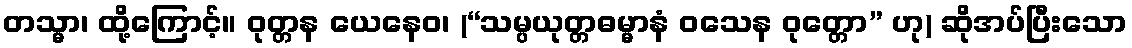
တသ္မာ၊ ထို့ကြောင့်။ ဝုတ္တန ယေနေဝ၊ (“သမ္ပယုတ္တဓမ္မာနံ ဝသေန ဝုတ္တော” ဟု) ဆိုအပ်ပြီးသော